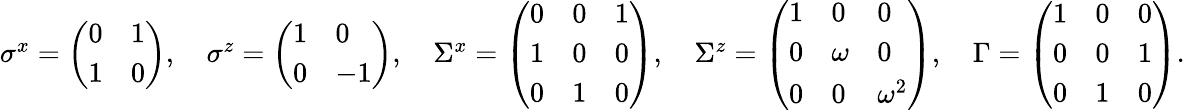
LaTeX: \begin{array}{r}{\sigma^{x}=\left(\begin{array}{ll}{0}&{1}\\ {1}&{0}\end{array}\right),\quad\sigma^{z}=\left(\begin{array}{ll}{1}&{0}\\ {0}&{-1}\end{array}\right),\quad\Sigma^{x}=\left(\begin{array}{lll}{0}&{0}&{1}\\ {1}&{0}&{0}\\ {0}&{1}&{0}\end{array}\right),\quad\Sigma^{z}=\left(\begin{array}{lll}{1}&{0}&{0}\\ {0}&{\omega}&{0}\\ {0}&{0}&{\omega^{2}}\end{array}\right),\quad\Gamma=\left(\begin{array}{lll}{1}&{0}&{0}\\ {0}&{0}&{1}\\ {0}&{1}&{0}\end{array}\right).}\end{array}